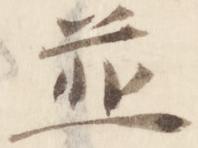
並